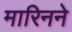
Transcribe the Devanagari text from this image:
मारिनने